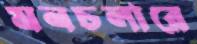
মনচলারে